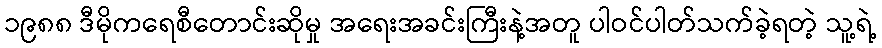
၁၉၈၈ ဒီမိုကရေစီတောင်းဆိုမှု အရေးအခင်းကြီးနဲ့အတူ ပါဝင်ပါတ်သက်ခဲ့ရတဲ့ သူ့ရဲ့